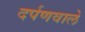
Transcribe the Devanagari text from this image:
दर्पणवाले